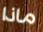
ماذا